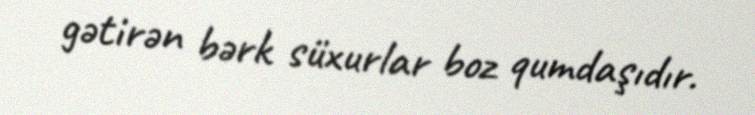
gətirən bərk süxurlar boz qumdaşıdır.